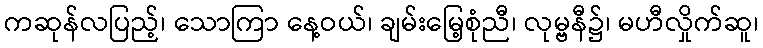
ကဆုန်လပြည့်၊ သောကြာ နေ့ဝယ်၊ ချမ်းမြေ့စုံညီ၊ လုမ္ဗနီ၌၊ မဟီလှိုက်ဆူ၊